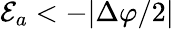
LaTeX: {\cal E}_{a}<-|\Delta\varphi/2|